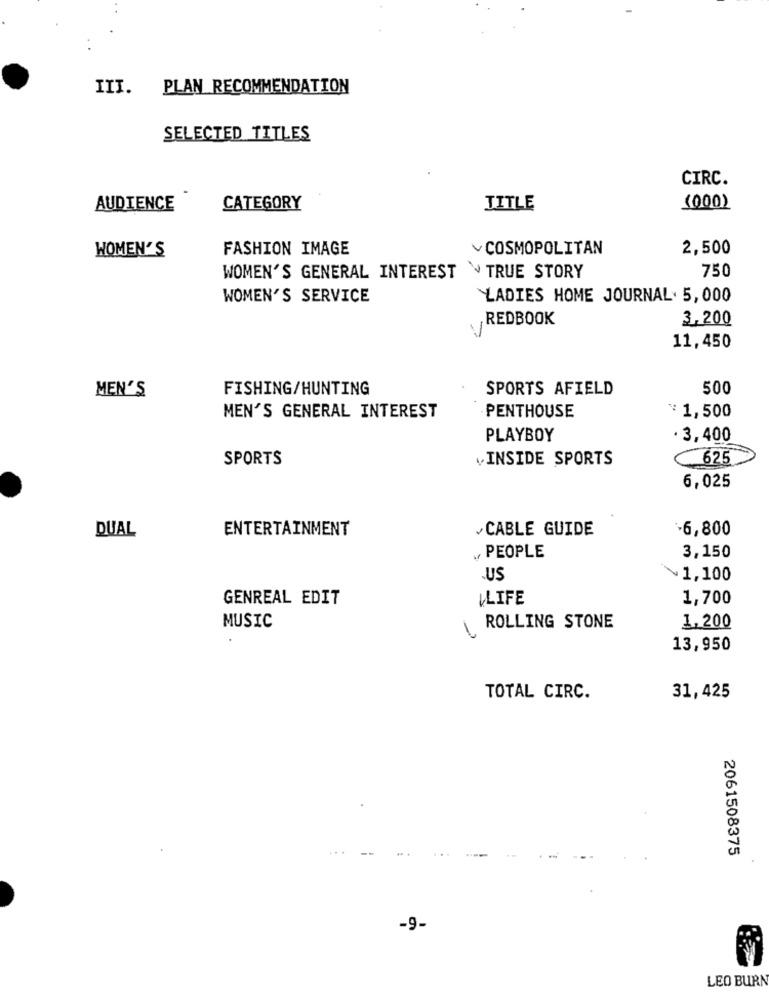
III.
PLAN RECOMMENDATION
SELECTED TITLES
CIRC.
AUDIENCE
CATEGORY
TITLE
(000)
WOMEN'S
FASHION IMAGE
COSMOPOLITAN
2,500
750
WOMEN'S GENERAL INTEREST . TRUE STORY
WOMEN'S SERVICE
LADIES HOME JOURNAL. 5, 000
,REDBOOK
3,200
11,450
MEN'S
FISHING/HUNTING
SPORTS AFIELD
500
MEN'S GENERAL INTEREST
PENTHOUSE
¥1,500
PLAYBOY
. 3,400
SPORTS
INSIDE SPORTS
625
6,025
DUAL
ENTERTAINMENT
CABLE GUIDE
-6,800
PEOPLE
3,150
US
~1,100
GENREAL EDIT
ILIFE
1,700
MUSIC
1.
ROLLING STONE
1,200
13,950
TOTAL CIRC.
31,425
2061508375
-9-
LEO BURN